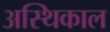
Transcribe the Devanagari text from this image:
अस्थिकाल